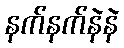
နက်နက်နဲနဲ